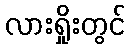
လားရှိုးတွင်